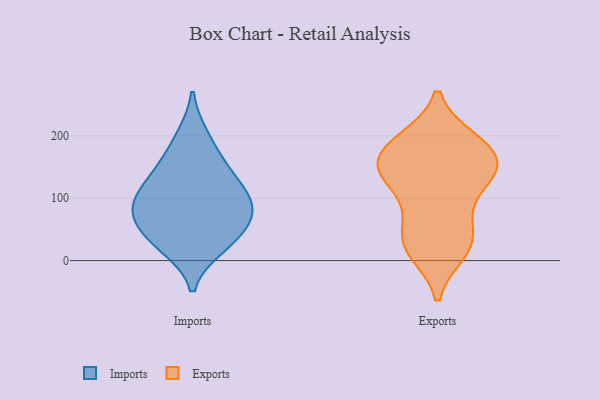
{"axis": {"x": "Website Visitors", "y": "Value"}, "legend": ["Exports", "Imports"], "data": [{"x": "", "y": 140, "type": "Imports"}, {"x": "", "y": 109, "type": "Imports"}, {"x": "", "y": 22, "type": "Imports"}, {"x": "", "y": 81, "type": "Imports"}, {"x": "", "y": 156, "type": "Imports"}, {"x": "", "y": 51, "type": "Imports"}, {"x": "", "y": 199, "type": "Imports"}, {"x": "", "y": 64, "type": "Imports"}, {"x": "", "y": 29, "type": "Imports"}, {"x": "", "y": 102, "type": "Imports"}, {"x": "", "y": 89, "type": "Imports"}, {"x": "", "y": 155, "type": "Exports"}, {"x": "", "y": 15, "type": "Exports"}, {"x": "", "y": 75, "type": "Exports"}, {"x": "", "y": 143, "type": "Exports"}, {"x": "", "y": 115, "type": "Exports"}, {"x": "", "y": 160, "type": "Exports"}, {"x": "", "y": 192, "type": "Exports"}, {"x": "", "y": 144, "type": "Exports"}, {"x": "", "y": 14, "type": "Exports"}, {"x": "", "y": 177, "type": "Exports"}, {"x": "", "y": 34, "type": "Exports"}, {"x": "", "y": 139, "type": "Exports"}, {"x": "", "y": 193, "type": "Exports"}, {"x": "", "y": 135, "type": "Exports"}, {"x": "", "y": 57, "type": "Exports"}, {"x": "", "y": 191, "type": "Exports"}, {"x": "", "y": 28, "type": "Exports"}]}